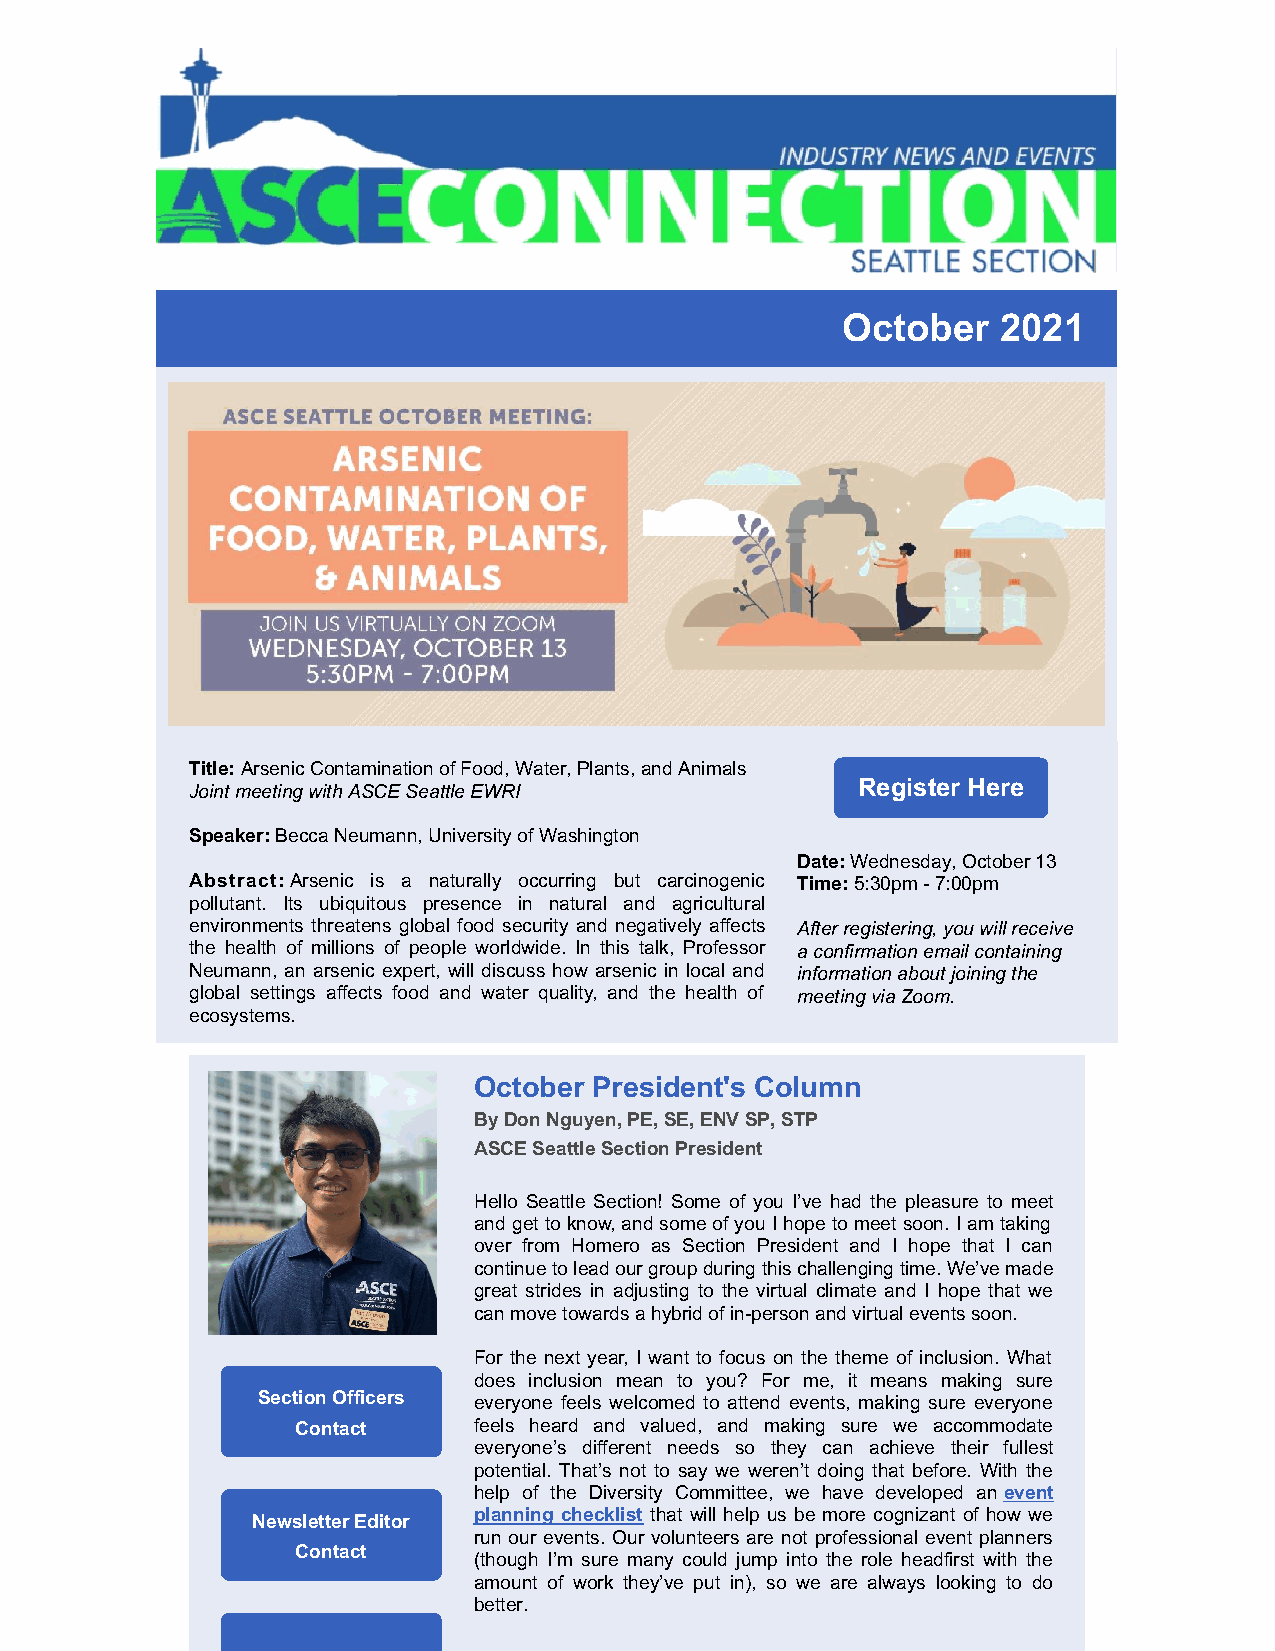
October   2021
 Title: Arsenic Contamination of Food, Water, Plants, and Animals
 Register Here
 Joint meeting with ASCE Seattle EWRI
 Speaker: Becca Neumann, University of Washington
 Date: Wednesday, October 13
 Abstract: Arsenic is a naturally occurring but carcinogenic Time: 5:30pm - 7:00pm
 pollutant. Its ubiquitous presence in natural and agricultural
 environments threatens global food security and negatively affects After registering, you will receive
 the health of millions of people worldwide. In this talk, Professor a confirmation email containing
 Neumann, an arsenic expert, will discuss how arsenic in local and information about joining the
 global settings affects food and water quality, and the health of meeting via Zoom.
 ecosystems.
 October President's Column
 By Don Nguyen, PE, SE, ENV SP, STP
 ​ASCE Seattle Section President
 Hello Seattle Section! Some of you I’ve had the pleasure to meet
 and get to know, and some of you I hope to meet soon. I am taking
 over from Homero as Section President and I hope that I can
 continue to lead our group during this challenging time. We’ve made
 great strides in adjusting to the virtual climate and I hope that we
 can move towards a hybrid of in-person and virtual events soon.
 For the next year, I want to focus on the theme of inclusion. What
 does inclusion mean to you? For me, it means making sure
 Section Officers everyone feels welcomed to attend events, making sure everyone
 Contact    feels heard and valued, and making sure we accommodate
 everyone’s different needs so they can achieve their fullest
 potential. That’s not to say we weren’t doing that before. With the
 help of the Diversity Committee, we have developed an event
 planning checklist that will help us be more cognizant of how we
 Newsletter Editor
 run our events. Our volunteers are not professional event planners
 Contact
 (though I’m sure many could jump into the role headfirst with the
 amount of work they’ve put in), so we are always looking to do
 better.